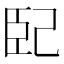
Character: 𭘍